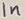
Text: 1n